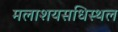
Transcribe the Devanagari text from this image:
मलाशयसधिस्थल